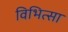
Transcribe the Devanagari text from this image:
विभित्सा